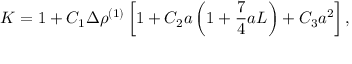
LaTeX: K = 1 + C _ { 1 } \Delta \rho ^ { ( 1 ) } \left[ 1 + C _ { 2 } a \left( 1 + { \frac { 7 } { 4 } } a L \right) + C _ { 3 } a ^ { 2 } \right] ,